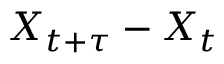
X _ { t + \tau } - X _ { t }